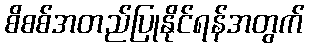
စိစစ်အတည်ပြုနိုင်ရန်အတွက်